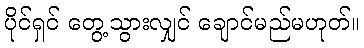
ပိုင်ရှင် တွေ့သွားလျှင် ချောင်မည်မဟုတ်။